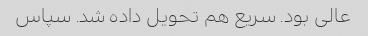
عالی بود. سریع هم تحویل داده شد. سپاس